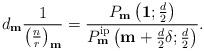
LaTeX: \begin{align*}d_{\mathbf{m}} \frac{1}{\left(\frac{n}{r}\right)_{\mathbf{m}}} = \frac{P_{\mathbf{m}}\left(\mathbf{1};\frac{d}{2}\right)}{P_{\mathbf{m}}^{\mathrm{ip}}\left(\mathbf{m}+\frac{d}{2}\delta ;\frac{d}{2}\right)}. \end{align*}